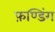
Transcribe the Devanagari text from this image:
फ़ण्डिंग